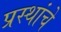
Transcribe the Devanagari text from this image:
प्रस्थांचे